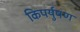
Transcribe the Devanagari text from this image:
किपर्युषण